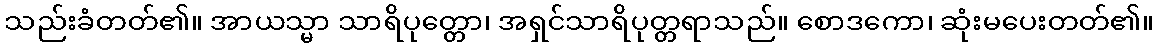
သည်းခံတတ်၏။ အာယသ္မာ သာရိပုတ္တော၊ အရှင်သာရိပုတ္တရာသည်။ စောဒကော၊ ဆုံးမပေးတတ်၏။